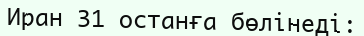
Иран 31 останға бөлінеді: